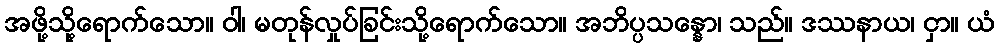
အဖို့သို့ရောက်သော။ ဝါ၊ မတုန်လှုပ်ခြင်းသို့ရောက်သော။ အဘိပ္ပသန္နော၊ သည်။ ဒဿနာယ၊ ငှာ။ ယံ